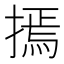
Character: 𢳃